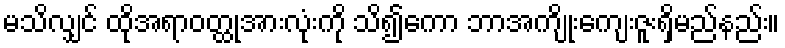
မသိလျှင် ထိုအရာဝတ္ထုအားလုံးကို သိ၍ကော ဘာအကျိုးကျေးဇူးရှိမည်နည်း။